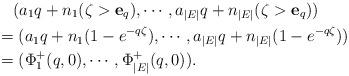
LaTeX: \begin{align*}&\quad{(a_1q + {n}_1(\zeta > \mathbf{e}_q), \cdots, a_{|E|} q + {n}_{|E|}(\zeta > \mathbf{e}_q))}&\\&=(a_1 q+ {n}_1(1- e^{-q\zeta}), \cdots, a_{|E|} q+ {n}_{|E|}(1-e^{-q\zeta}))\\&=(\Phi^+_1(q,0), \cdots, \Phi^+_{|E|}(q,0)).\end{align*}